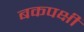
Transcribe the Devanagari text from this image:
बकपक्षी